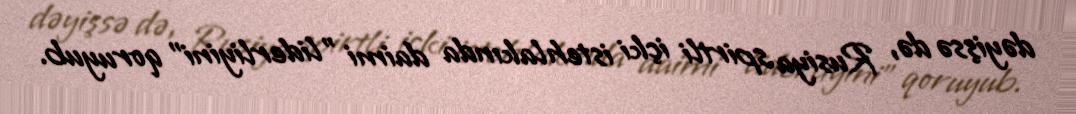
dəyişsə də, Rusiya spirtli içki istehlakında daimi "liderliyini" qoruyub.